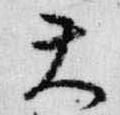
天